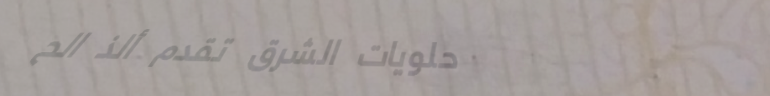
حلويات الشرق تقدم ألذ الح